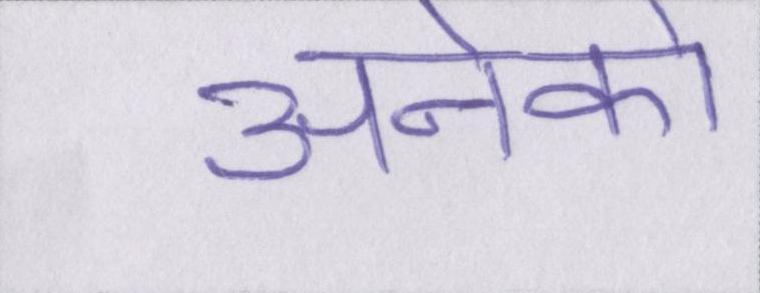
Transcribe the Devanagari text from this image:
अनेको